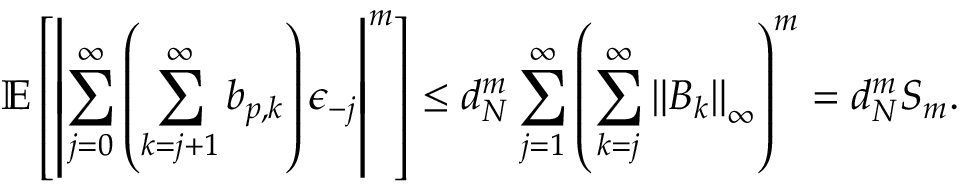
\mathbb { E } \left[ \left\lvert \sum _ { j = 0 } ^ { \infty } \left( \sum _ { k = j + 1 } ^ { \infty } \boldsymbol { b } _ { p , k } \right) \boldsymbol { \epsilon } _ { - j } \right\rvert ^ { m } \right] \leq d _ { N } ^ { m } \sum _ { j = 1 } ^ { \infty } \left( \sum _ { k = j } ^ { \infty } \left\lVert \boldsymbol { B } _ { k } \right\rVert _ { \infty } \right) ^ { m } = d _ { N } ^ { m } S _ { m } .